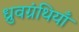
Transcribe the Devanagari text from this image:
ध्रुवग्रंथियाँ